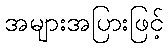
အများအပြားဖြင့်